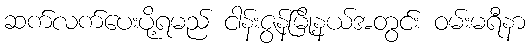
ဆက်လက်ပေးပို့ရမည် ငါန်းဇွန်မြို့နယ်အတွင်း ဝမ်းမရီနာ